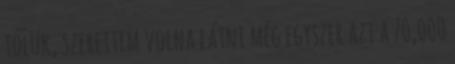
tőlük, szerettem volna látni még egyszer azt a 70,000